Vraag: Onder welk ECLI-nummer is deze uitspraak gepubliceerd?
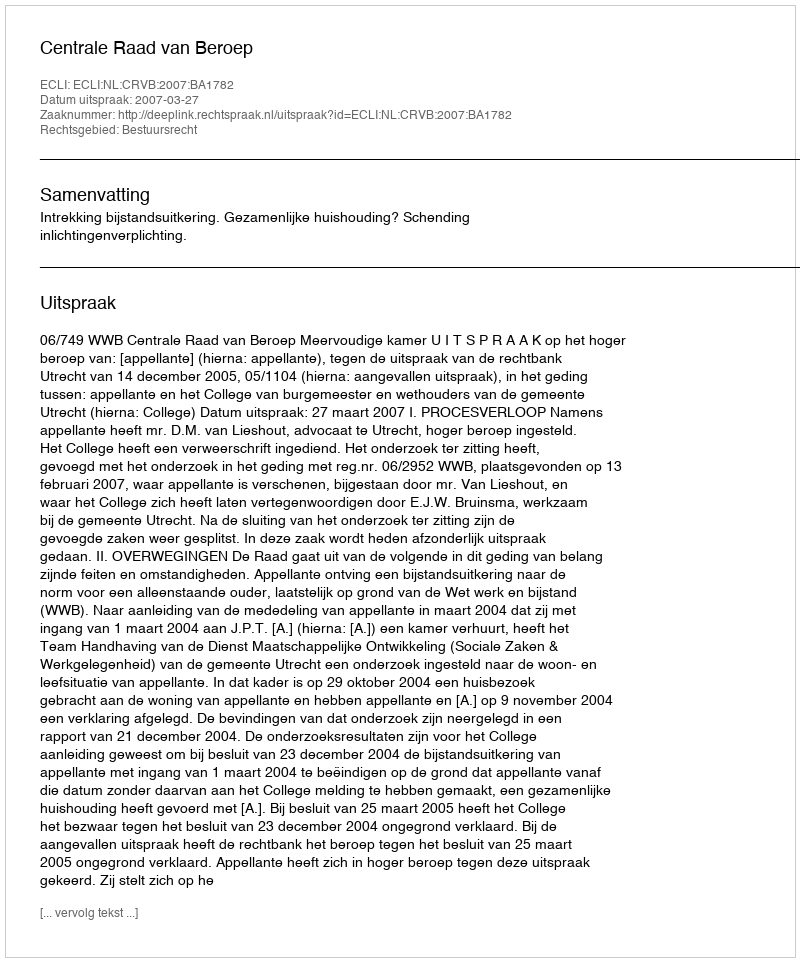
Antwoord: ECLI:NL:CRVB:2007:BA1782